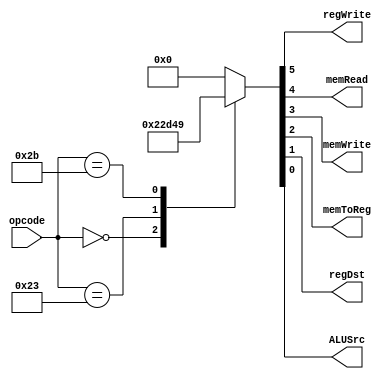
module Controller(input[5:0] opcode, output reg regWrite, memRead, memWrite, memToReg, regDst, ALUSrc);
	always @(opcode) begin 
		case(opcode) 
			6'b000000: {regWrite, memRead, memWrite, memToReg, regDst, ALUSrc} = 6'b100010;//RType
			6'b100011: {regWrite, memRead, memWrite, memToReg, regDst, ALUSrc} = 6'b110101;//LW
			6'b101011: {regWrite, memRead, memWrite, memToReg, regDst, ALUSrc} = 6'b001001;//SW
			6'b000010: {regWrite, memRead, memWrite, memToReg, regDst, ALUSrc} = 6'b000000;//JUMP
			6'b000100: {regWrite, memRead, memWrite, memToReg, regDst, ALUSrc} = 6'b000000;//BEQ
			6'b000101: {regWrite, memRead, memWrite, memToReg, regDst, ALUSrc} = 6'b000000;//BNEQ
			default:   {regWrite, memRead, memWrite, memToReg, regDst, ALUSrc} = 6'b000000;
		endcase
	end
endmodule